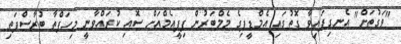
"ވަގުތަށް" އެނގިފައިވާ ގޮތުގައި އެމްޑީޕިގެ މެމްބަރުން ޕިޕީއެމްއަށް ސޮއި ކުރައްވާނީ މިހަފްތާ ބުރާސްފަތި